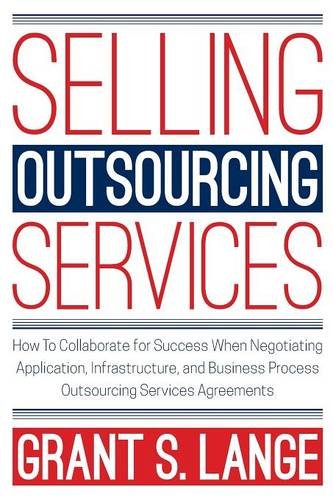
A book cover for Selling Outsourcing Services: How To Collaborate for Success When Negotiating Application, Infrastructure, and Business Process Outsourcing Services Agreements; Grant S. Lange; Business & Money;